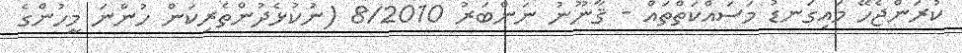
ކުރަންޖެހޭ މައިގަނޑު މަސައްކަތްތައް - ޤާނޫނު ނަންބަރު 8/2010 (ނުކުޅެދުންތެރިކަން ހުންނަ މީހުންގެ